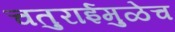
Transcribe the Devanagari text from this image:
चतुराईमुळेच